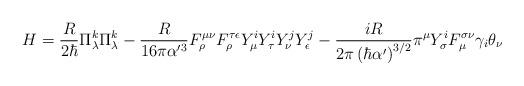
LaTeX: \begin{align*}H=\frac{R}{2\hbar}\Pi_\lambda^k\Pi_\lambda^k-\frac{R}{16\pi\alpha'^3}F^{\mu\nu}_\rho F^{\tau\epsilon}_\rho Y^i_\mu Y^i_\tau Y^j_\nu Y^j_\epsilon-\frac{i R}{{2\pi}\left(\hbar \alpha'\right)^{3/2}}\pi^\mu Y_\sigma^i F^{\sigma \nu}_\mu \gamma_i \theta_\nu\end{align*}